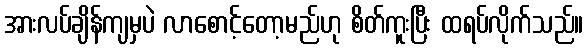
အားလပ်ချိန်ကျမှပဲ လာစောင့်တော့မည်ဟု စိတ်ကူးပြီး ထရပ်လိုက်သည်။